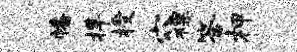
幡捍授穴裸答柙